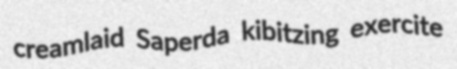
creamlaid Saperda kibitzing exercite